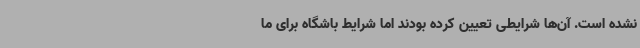
نشده است. آن‌ها شرایطی تعیین کرده بودند اما شرایط باشگاه برای ما